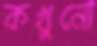
কখুনো